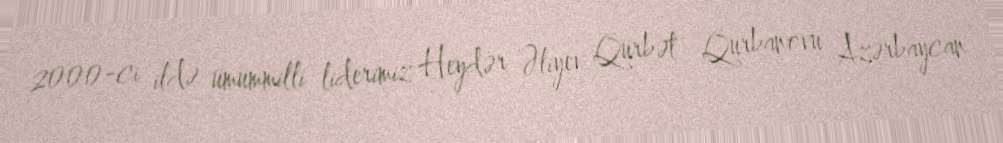
2000-ci ildə ümummilli liderimiz Heydər Əliyev Qürbət Qurbanovu Azərbaycan